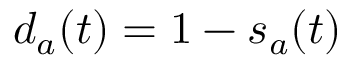
d _ { a } ( t ) = 1 - s _ { a } ( t )